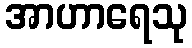
အာဟာရေသု